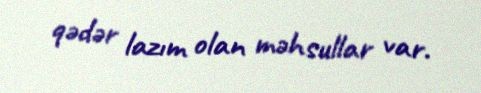
qədər lazım olan məhsullar var.